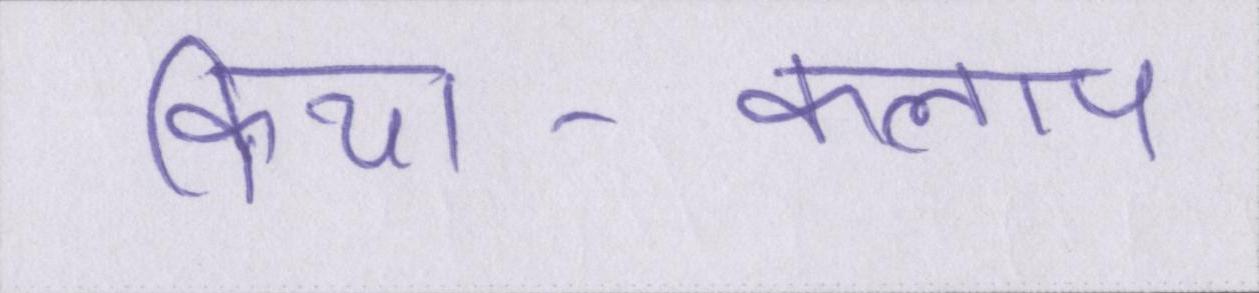
क्रिया-कलाप